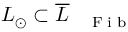
L _ { \odot } \subset \overline { { L } } _ { \mathrm { ~ \tiny ~ \textnormal ~ { ~ F ~ i ~ b ~ } ~ } }